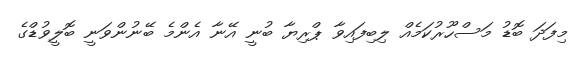
މިފަދަ ބޮޑު މަސްހޫރުކަމެއް ލިބިފައިވާ ޕްރިޔާ ބުނީ އޭނާ އެންމެ ބޭނުންވަނީ ބޮލީވުޑްގެ